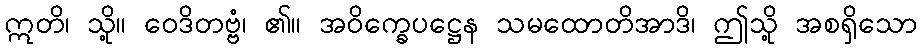
ဣတိ၊ သို့။ ဝေဒိတဗ္ဗံ၊ ၏။ အဝိက္ခေပဋ္ဌေန သမထောတိအာဒိ၊ ဤသို့ အစရှိသော